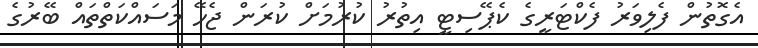
އެގޮތުން ފެލިވަރު ފެކްޓަރީގެ ކެޕޭސިޓީ އިތުރު ކުރުމަށް ކުރަން ޖެހޭ މަސައްކަތްތައް ބޭރުގެ